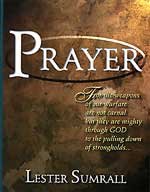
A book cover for Prayer Study Guide; Lester Frank Sumrall; Christian Books & Bibles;